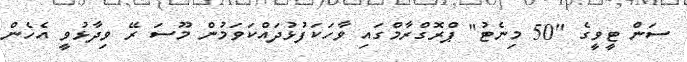
ސަން ޓީވީގެ "50 މިނެޓު" ޕްރޮގްރާމްގައި ވާހަކަފުޅުދައްކަވަމުން މޫސަ ރޭ ވިދާޅުވީ އެހެން